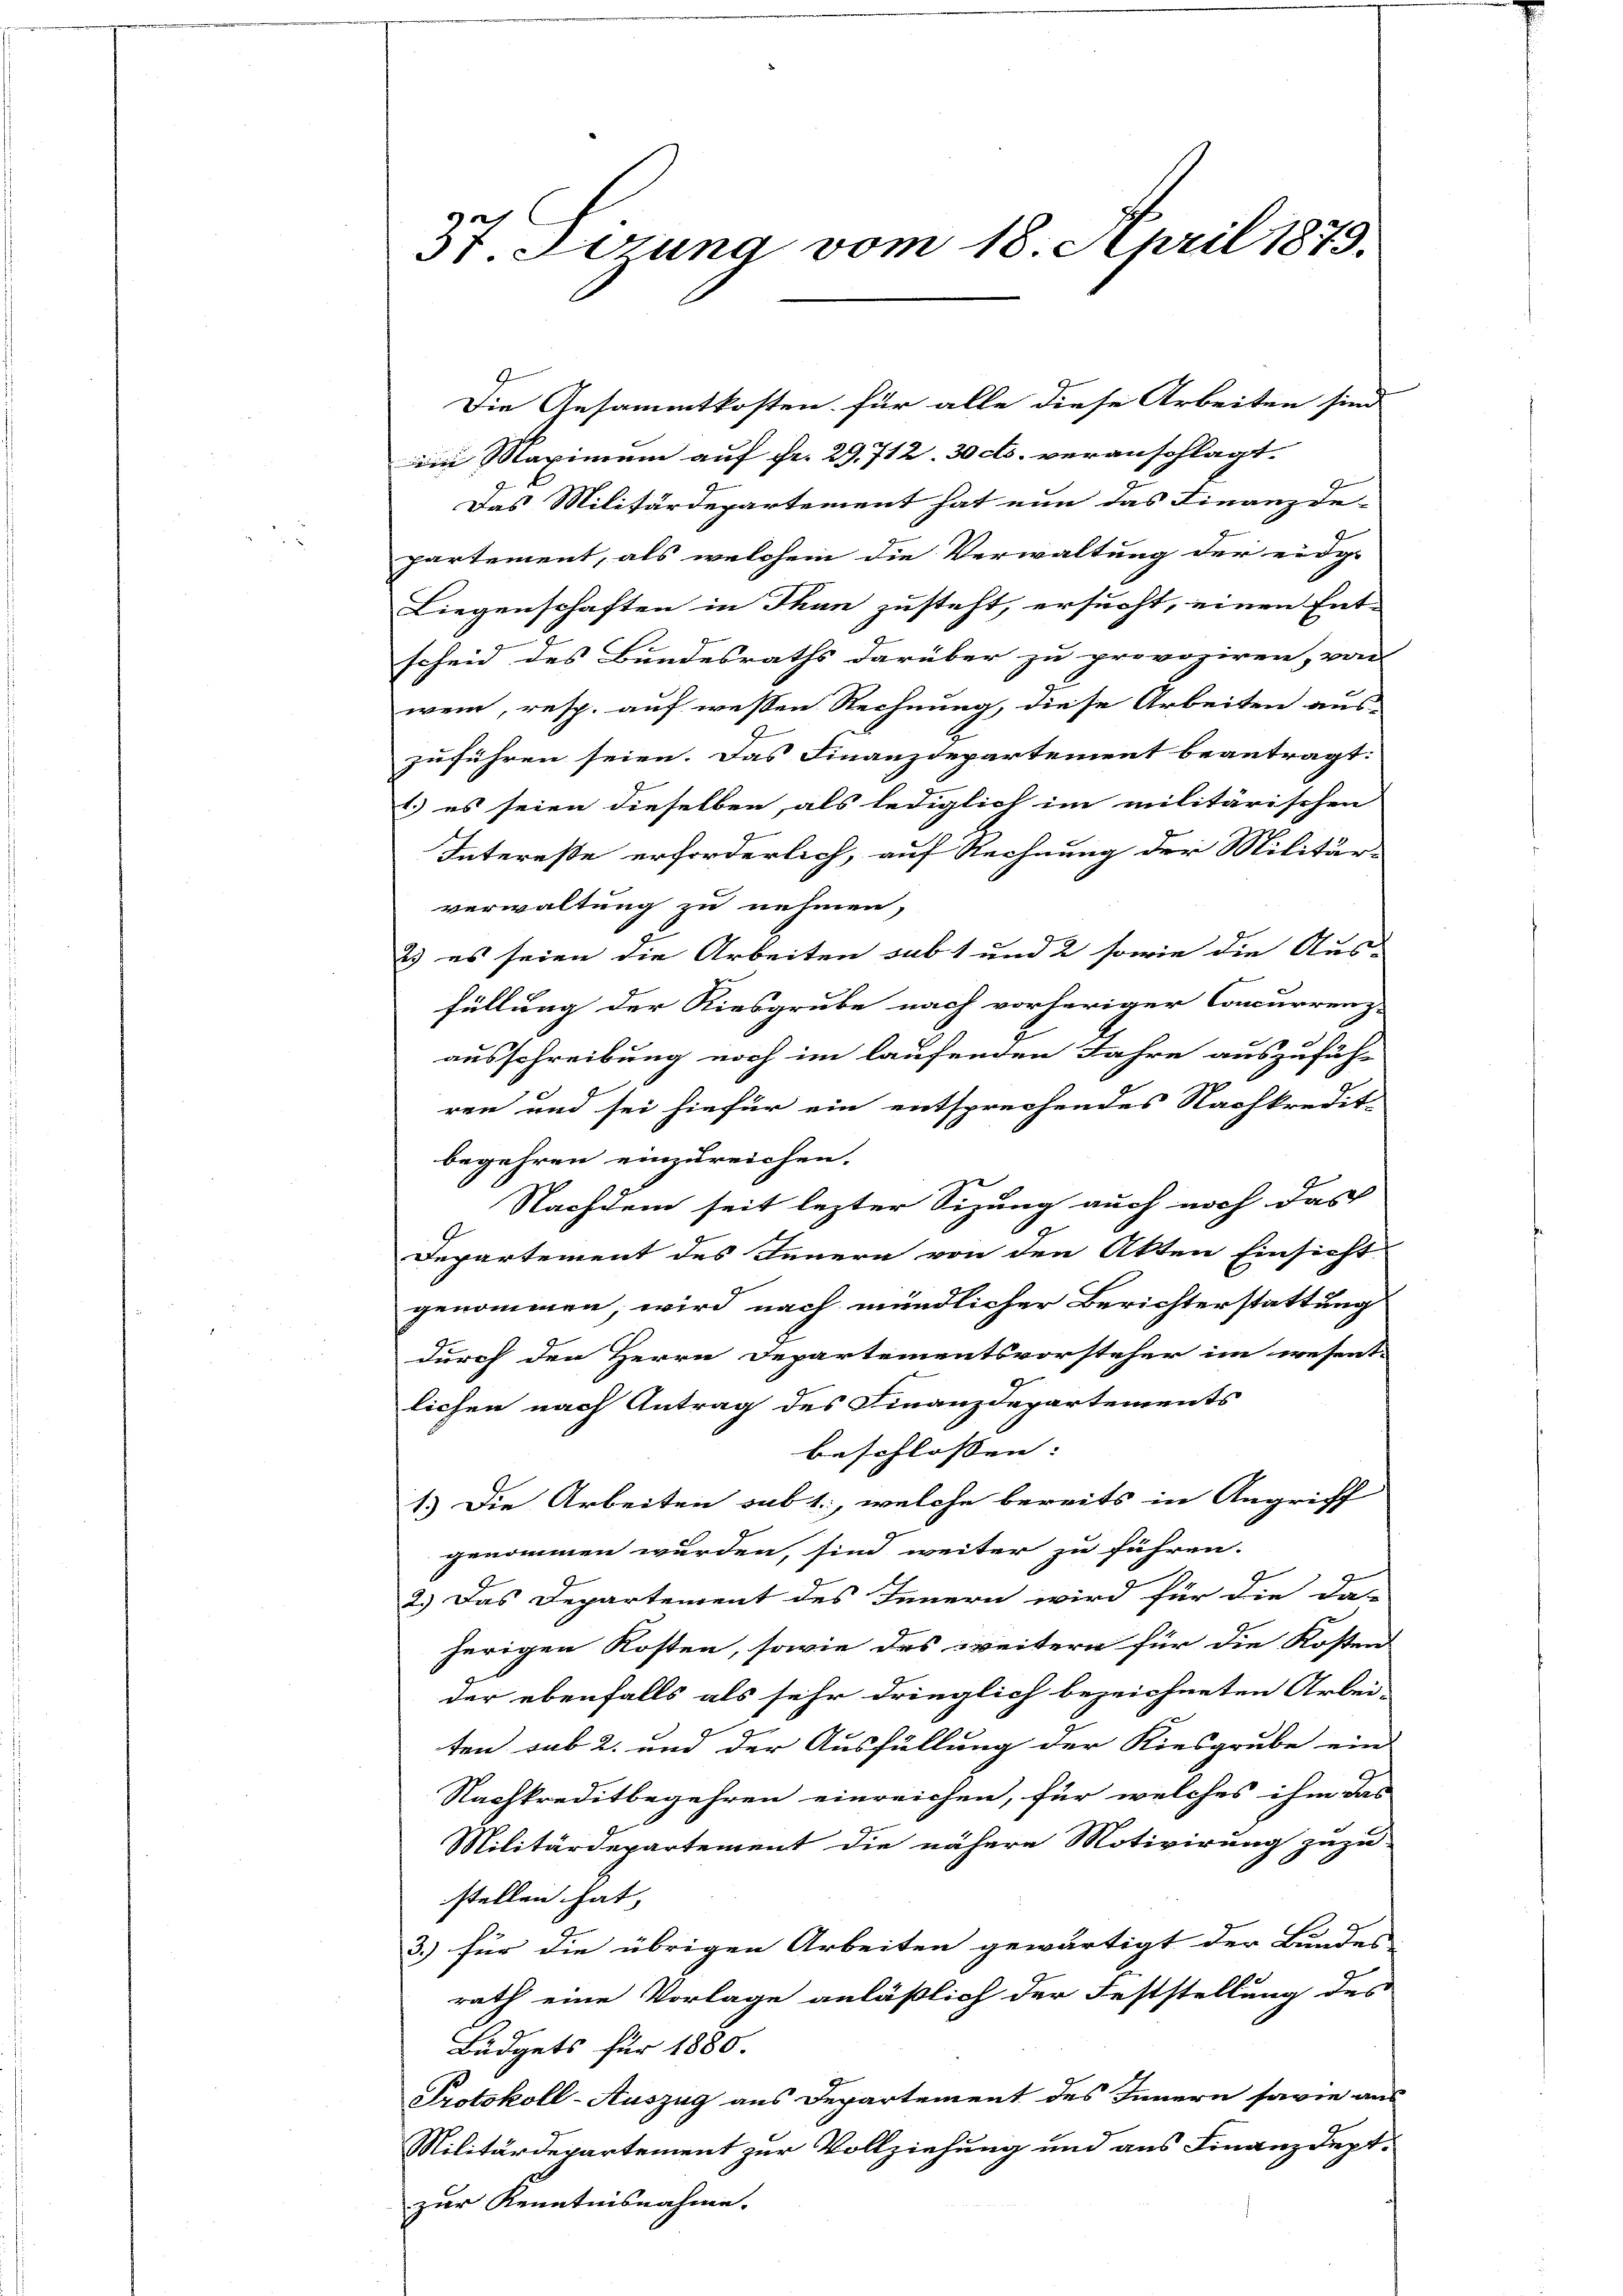
Die Gesammtkosten für alle diese Arbeiten sind
ii Maximum auf Fr. 29. 712. 30 cts. veranschlagt.
Das Militärdepartement hat nun das Finanzde-
partement, als welchem die Verwaltung der eidge
Liegenschaften in Thun zusteht, ersucht, einen Ent-
scheid des Bundesraths darüber zu provoziren, von
wen, resp. auf wessen Rechnung, diese Arbeiten aus-
zuführen seien. Das Finanzdepartement beantragt:
1.) es seien dieselben, als lediglich im militärischen
Intereße erforderlich, auf Rechnung der Militär-
verwaltung zu nehmen,
2) es seien die Arbeiten sabt und 2 sowie die Aus-
füllung der Riesgrube nach vorheriger Concurrenz-
ausschreibung noch im laufenden Jahre auszufüh-
ren und sei hiefür ein entsprechendes Nachkredit-
begehren einzureichen.
Nachdem seit lezter Sitzung auch noch das
Departement des Innern von den Akten Einsicht
genommen, wird nach mündlicher Berichterstattung
durch den Herrn Departementsvorsteher im wesent-
lichen nach Antrag des Finanzdepartements
beschlossen: |
1.) Die Arbeiten sub 1., welche bereits in Angriff
genommen wurden, sind weiter zu führen.
2.) Das Departement des Innern wird für die da-
herigen Kosten, sowie das weitern für die Kosten
der ebenfalls als sehr dringlich bezeichneten Arbei-
ten sub 2. und der Ausfüllung der Kiesgrube ein
Nachkreditbegehren einreichen, für welches ihm das
Militärdepartement die nähere Motivirung zuzu-
stellen hat, |
3.) für die übrigen Arbeiten gewärtigt der Bundes-
rath eine Vorlage anläßlich der Feststellung des
Büdgets für 1880.
Protokoll-Auszug aus Departement des Innern sowie aus-
Militärdepartement zur Vollziehung und aus Finanzdept-
zur Kenntnisnahme.

St. Gerung vom 18. April 1879.